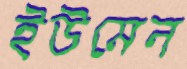
ইউমেন